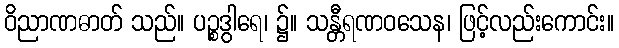
ဝိညာဏဓာတ် သည်။ ပဉ္စဒွါရေ၊ ၌။ သန္တီရဏဝသေန၊ ဖြင့်လည်းကောင်း။